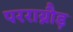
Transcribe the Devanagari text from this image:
परराय्नौड़